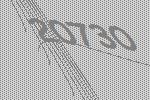
20730